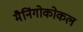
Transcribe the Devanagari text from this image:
मैनिंगोकोकल